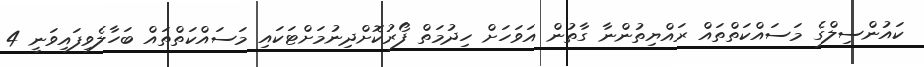
ކައުންސިލްގެ މަސައްކަތްތައް ރައްޔިތުންނާ ގާތުން އަވަހަށް ހިދުމަތް ފޯރުކޮށްދިނުމަށްޓަކައި މަސައްކަތްތައް ބަހާލެވިފައިވަނީ 4